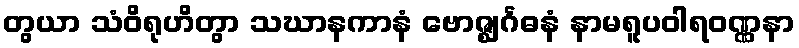
တွယာ သံဝိရုဟိတွာ သဃာနကာနံ ဗောဇ္ဈင်္ဂဓနံ နာမရူပဝါရဝဏ္ဏနာ